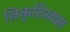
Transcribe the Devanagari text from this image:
विकृतिस्थल